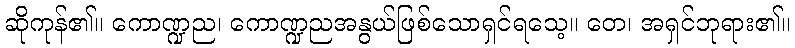
ဆိုကုန်၏။ ကောဏ္ဍည၊ ကောဏ္ဍညအနွယ်ဖြစ်သောရှင်ရသေ့။ တေ၊ အရှင်ဘုရား၏။